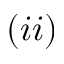
( i i )